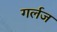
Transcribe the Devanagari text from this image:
गर्लज